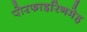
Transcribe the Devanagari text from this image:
पोरफाइरिनमेह